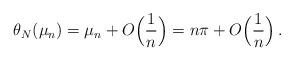
\begin{align*}\theta_N(\mu_n)= \mu_n+ O\Big(\frac{1}{n}\Big)=n\pi + O\Big(\frac{1}{n}\Big)\,.\end{align*}